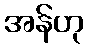
အန်ဟု